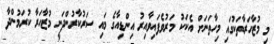
މި މުޒާހަރާތަކުގައި މިހާތަނަށް އެކަކު މަރުވެފައިވާއިރު އިންޑިއާގެ މައި ސަރުކާރުންދަނީ މުޒާހަރާ ކުރަމުންދާ